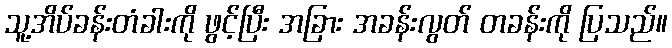
သူ့အိပ်ခန်းတံခါးကို ဖွင့်ပြီး အခြား အခန်းလွတ် တခန်းကို ပြသည်။